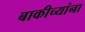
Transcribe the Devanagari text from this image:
बाकीच्यांना